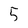
Character: 5